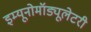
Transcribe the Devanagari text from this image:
इम्यूनोमॉड्यूलेटरी